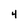
Character: 4